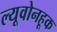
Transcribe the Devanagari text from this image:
ल्यूवोनहूक